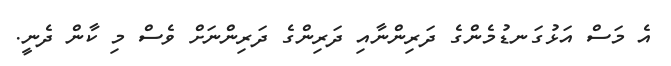
އެ މަސް އަޅުގަނޑުމެންގެ ދަރިންނާއި ދަރިންގެ ދަރިންނަށް ވެސް މި ކާން ދެނީ.